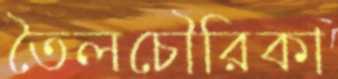
তৈলচৌরিকা